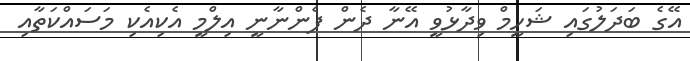
އޭގެ ބަދަލުގައި ޝަހީމް ވިދާޅުވީ އޭނާ ދެން ފެންނާނީ އިލްމީ އެކިއެކި މަސައްކަތާއި